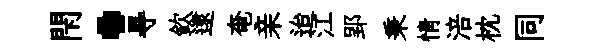
閇·㝵欽逮奄亲迨江郢秉情涪枕同